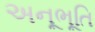
અનૂભૂતિ